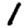
Digit: 1